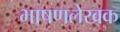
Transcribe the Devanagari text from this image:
भाषणलेखक